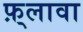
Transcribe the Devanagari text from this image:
फ़्लावा